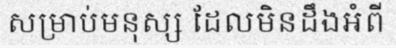
សម្រាប់មនុស្ស ដែលមិនដឹងអំពី